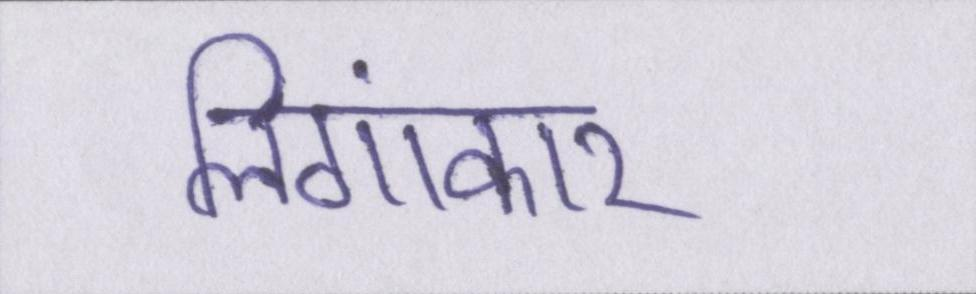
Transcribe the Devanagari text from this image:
लिंगाकार